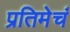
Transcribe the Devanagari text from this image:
प्रतिमेचं